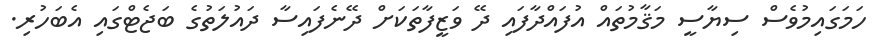
ހަމަގައިމުވެސް ސިޔާސީ މަޤާމުތައް އުފައްދާފައި ދޭ ވަޒީފާތަކަށް ދޭނެފައިސާ ދައުލަތުގެ ބަޖެޓްގައި އެބަހުރި.